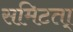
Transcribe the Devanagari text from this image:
समिटता्